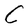
Character: C